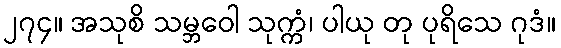
၂၇၄။ အသုစိ သမ္ဘဝေါ သုက္ကံ၊ ပါယု တု ပုရိသေ ဂုဒံ။